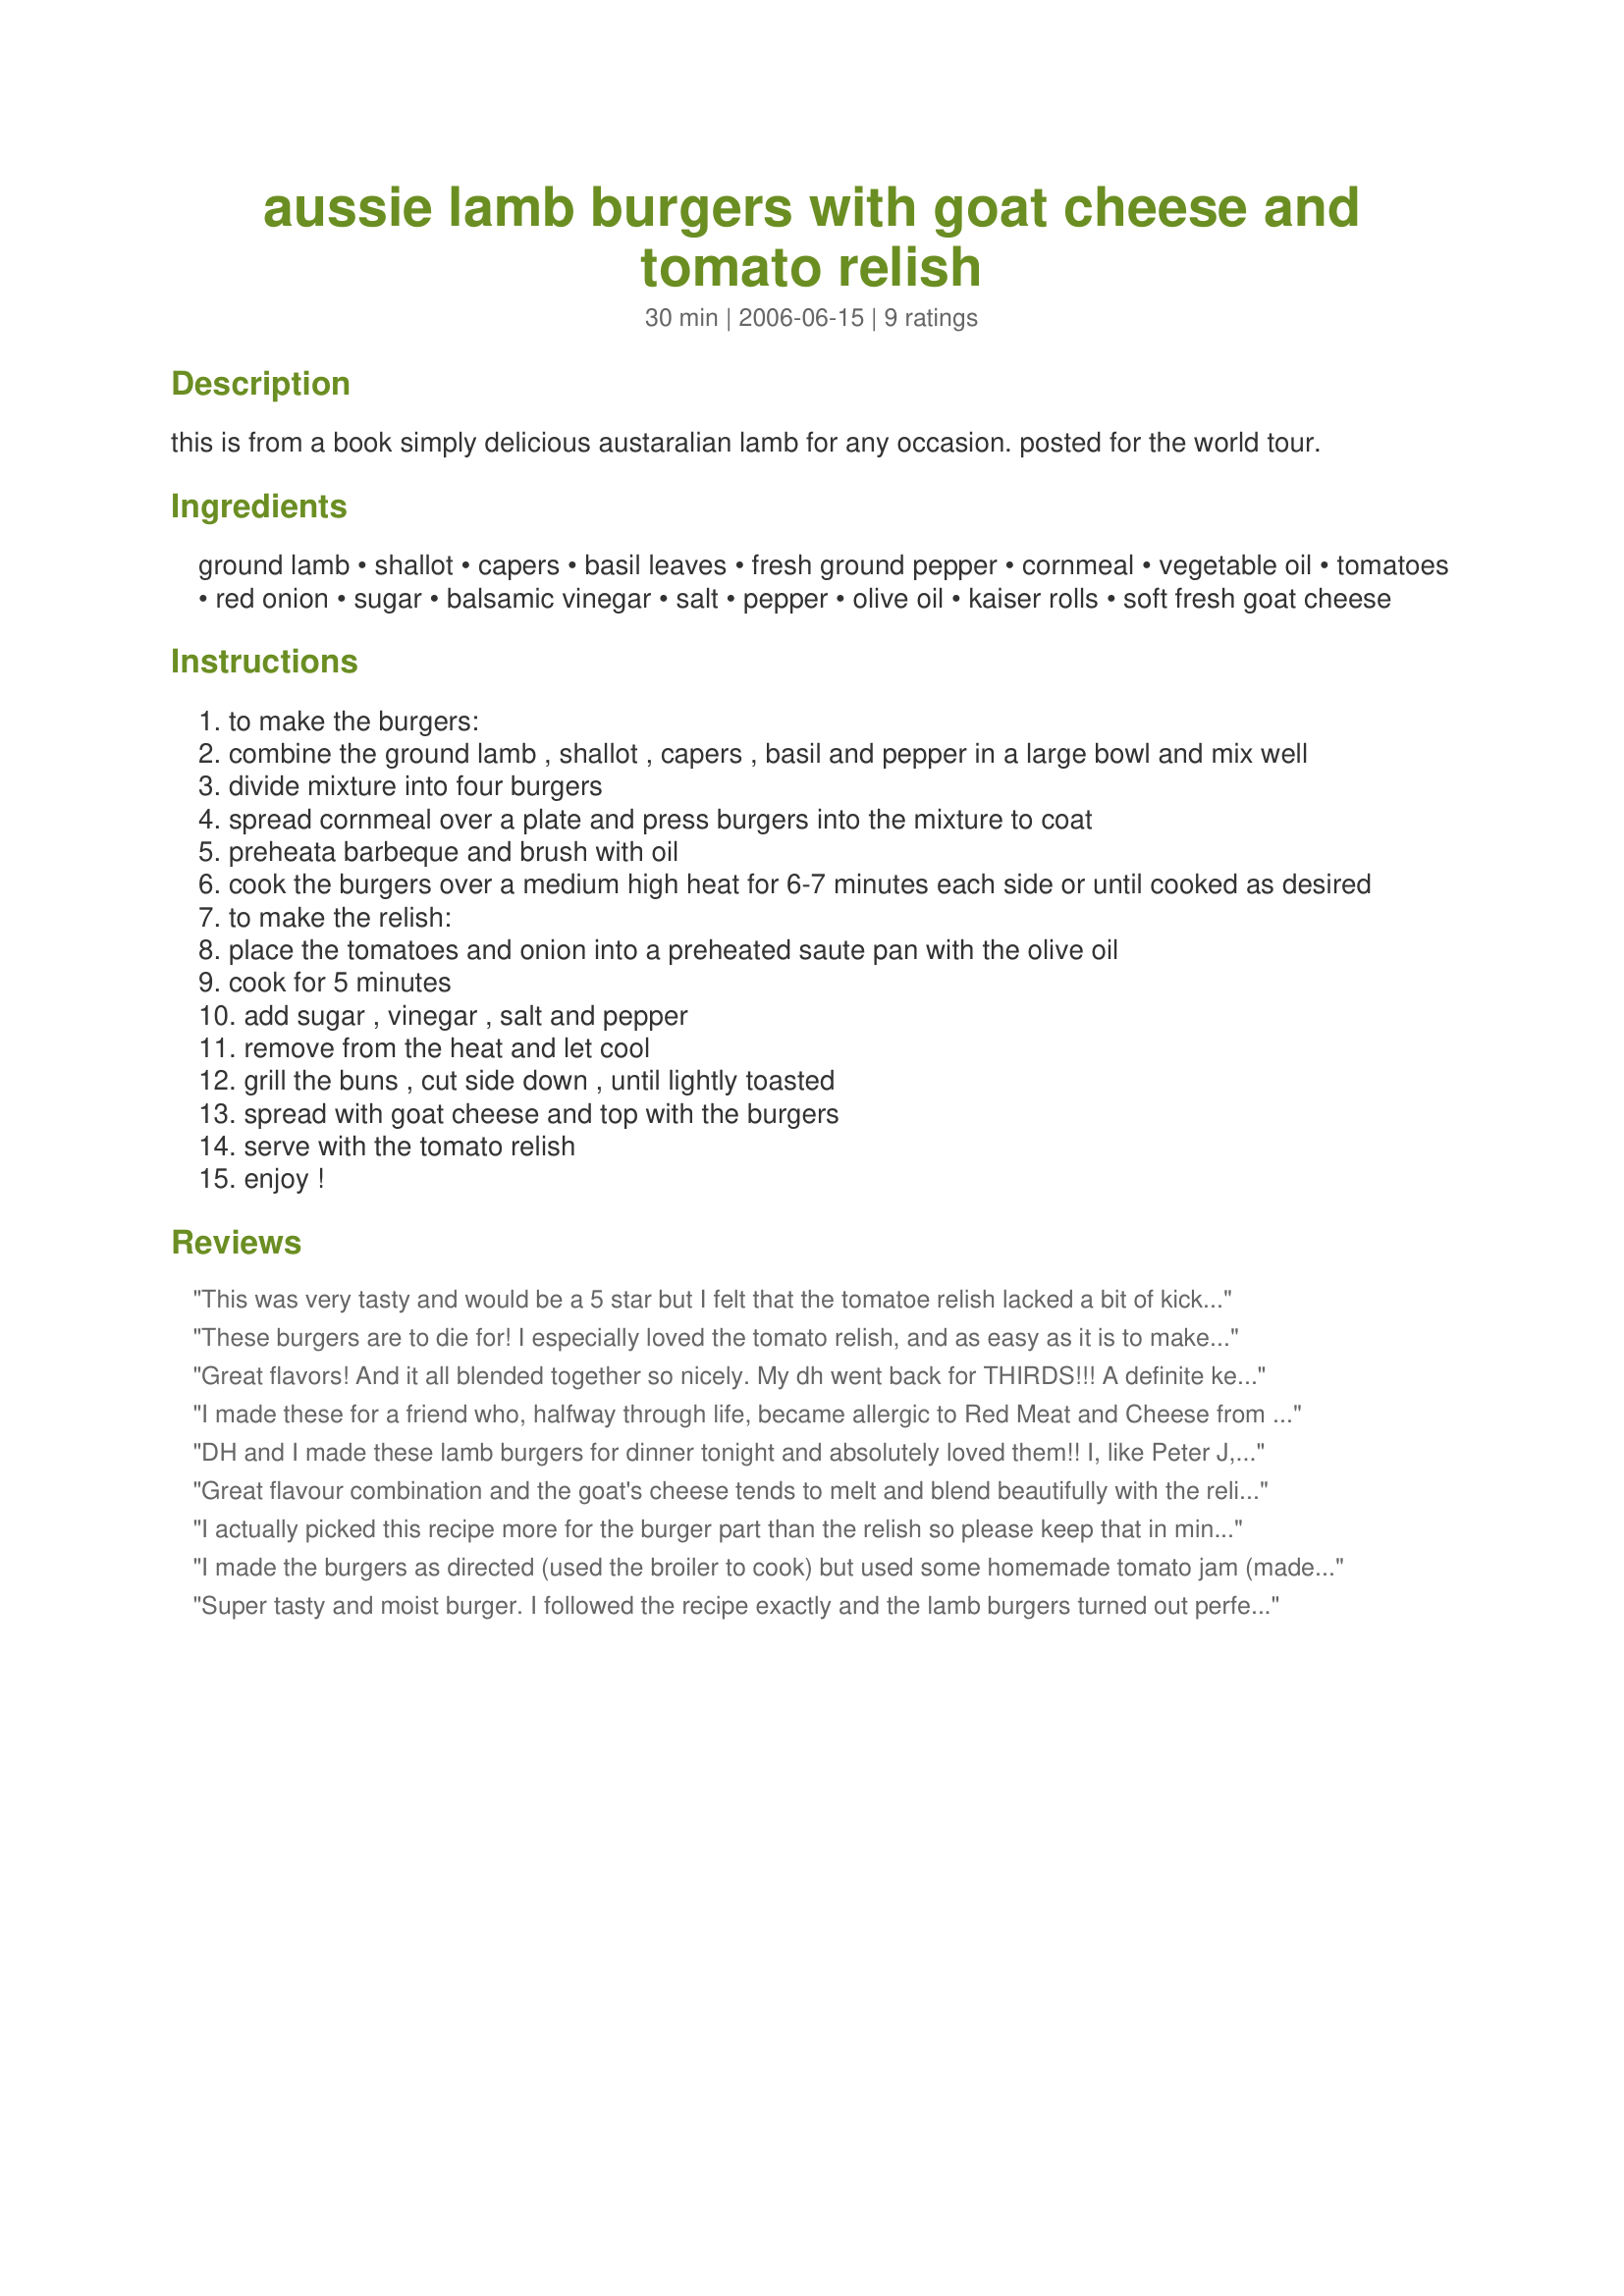
aussie lamb burgers with goat cheese and tomato relish
Preparation time: 30 minutes

this is from a book simply delicious austaralian lamb for any occasion. posted for the world tour.

Ingredients:
ground lamb, shallot, capers, basil leaves, fresh ground pepper, cornmeal, vegetable oil, tomatoes, red onion, sugar, balsamic vinegar, salt, pepper, olive oil, kaiser rolls, soft fresh goat cheese

Steps:
to make the burgers:
combine the ground lamb , shallot , capers , basil and pepper in a large bowl and mix well
divide mixture into four burgers
spread cornmeal over a plate and press burgers into the mixture to coat
preheata barbeque and brush with oil
cook the burgers over a medium high heat for 6-7 minutes each side or until cooked as desired
to make the relish:
place the tomatoes and onion into a preheated saute pan with the olive oil
cook for 5 minutes
add sugar , vinegar , salt and pepper
remove from the heat and let cool
grill the buns , cut side down , until lightly toasted
spread with goat cheese and top with the burgers
serve with the tomato relish
enjoy !

Reviews:
 This was very tasty and would be a 5 star but I felt that the tomatoe relish lacked a bit of kick - I would add 1/2 tsp of chili flakes - now, this would not be for everyone - most, I am sure, will love it exactly as is - I do like a bit more spice than the average person. I loved the flavor of the lamb patties with the capers basil & shallot. I used corn meal as the coating and was lucky enough to find Chevre goat cheese. Definately a do again Sharon - You Aussie's know your lamb!
These burgers are to die for! I especially loved the tomato relish, and as easy as it is to make I'll probably do all the time now in place of boring old ketchup. Thanks for sharing this winner!
Great flavors! And it all blended together so nicely. My dh went back for THIRDS!!! A definite keeper. Next time I think I will go extra heavy on the cheese, the creamy tart flavor of the chevre was the perfect accompaniment to the lamb patties & tomato relish.
I made these for a friend who, halfway through life, became allergic to Red Meat and Cheese from cow's milk. Her favorite food used to be cheeseburgers, and she hasn't had one in 5 years. Needless to say, she LOVED these, as did everyone else. We skipped the tomato relish and opted for caramelized red onions. I also added an egg to help bind them and cooked them on a griddle over HIGH heat. This recipe is a winner! Thanks for posting.
DH and I made these lamb burgers for dinner tonight and absolutely loved them!! I, like Peter J, used a heaping 1/4 tsp of crushed red pepper flakes to the relish, which gave it the perfect amount of heat. Also, I did not have any kaiser/hamburger buns, so I used up some large pitas (the kind with the pocket where you can put the meat inside) and I think it might be even more delicious this way than with rolls/buns. I didnt measure the chevre goat cheese, just spread it generously on my pita. We will definitely make this recipe again. Thanks, Sharon!
Great flavour combination and the goat's cheese tends to melt and blend beautifully with the relish when you close the burger. I used Bergy's suggestion and added about a 1/4 teaspoon of chilli flakes to the relish which gave it a bit of tang without being over the top.
I actually picked this recipe more for the burger part than the relish so please keep that in mind when reading. I had some &#039;outback spirit&#039; bbq sauce, so I added a dash of that and an egg to the meat mix before coating in panko. We skipped making the relish and instead built up the burgers with a tomato, lettuce, red onions and the goats cheese and used some of my home made chilli sauce on it. Also fried a little bit of haloumi and added that too. So yeah, a bit of a deviation, but this was a great inspiration. Thanks for sharing. Made for My Food Odyssey.
I made the burgers as directed (used the broiler to cook) but used some homemade tomato jam (made from my garden tomatoes earlier in the year) in place of the tomato relish. Love the combo of the goat cheese with the lamb &amp; tomato jam. Thanks for sharing!
Super tasty and moist burger. I followed the recipe exactly and the lamb burgers turned out perfectly. The tomato/onion relish was a delicious topping. Who needs ketchup?! If you are looking for something different from your average burger, I highly recommend giving these a try. ~Made for ZWT 5 ~
